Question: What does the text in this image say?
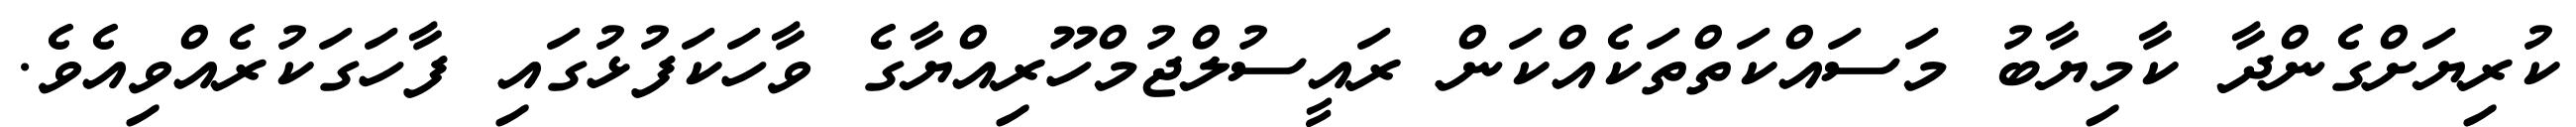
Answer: ކުރިޔަށްގެންދާ ކާމިޔާބު މަސައްކަތްތަކެއްކަން ރައީސުލްޖުމްހޫރިއްޔާގެ ވާހަކަފުޅުގައި ފާހަގަކުރެއްވިއެވެ.